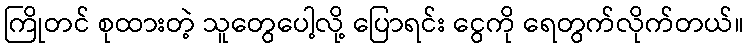
ကြိုတင် စုထားတဲ့ သူတွေပေါ့လို့ ပြောရင်း ငွေကို ရေတွက်လိုက်တယ်။